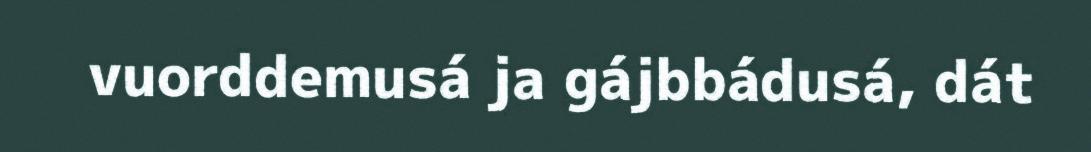
vuorddemusá ja gájbbádusá, dát